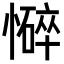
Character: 𢣃